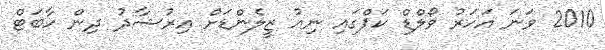
2010 ވަނަ އަހަރު ވޯލްޑް ކަޕްގައި ނިއު ޒީލެންޑަށް އިރުޝާދު ދިން ހާބަޓް